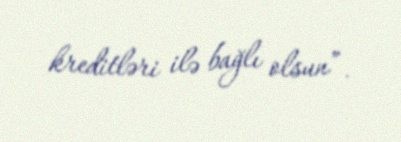
kreditləri ilə bağlı olsun”.